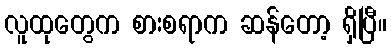
လူထုတွေက စားစရာက ဆန်တော့ ရှိပြီ။